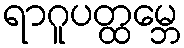
ရာဂူပတ္ထမ္ဘေ